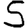
Digit: 5